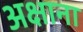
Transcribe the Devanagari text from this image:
अक्षाना